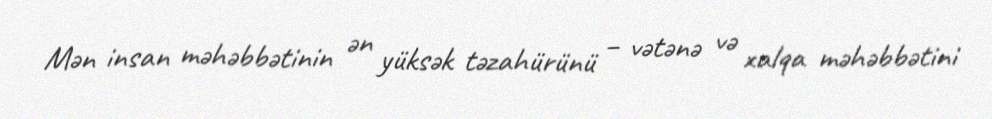
Mən insan məhəbbətinin ən yüksək təzahürünü – vətənə və xalqa məhəbbətini